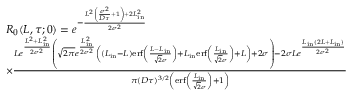
\begin{array} { r l } & { R _ { 0 } ( L , \tau ; 0 ) = e ^ { - \frac { L ^ { 2 } \left( \frac { \sigma ^ { 2 } } { D \tau } + 1 \right) + 2 L _ { \mathrm { i n } } ^ { 2 } } { 2 \sigma ^ { 2 } } } } \\ & { \times \frac { L e ^ { \frac { L ^ { 2 } + L _ { \mathrm { i n } } ^ { 2 } } { 2 \sigma ^ { 2 } } } \left( \sqrt { 2 \pi } e ^ { \frac { L _ { \mathrm { i n } } ^ { 2 } } { 2 \sigma ^ { 2 } } } \left( ( L _ { \mathrm { i n } } - L ) \mathrm { e r f } \left( \frac { L - L _ { \mathrm { i n } } } { \sqrt { 2 } \sigma } \right) + L _ { \mathrm { i n } } \mathrm { e r f } \left( \frac { L _ { \mathrm { i n } } } { \sqrt { 2 } \sigma } \right) + L \right) + 2 \sigma \right) - 2 \sigma L e ^ { \frac { L _ { \mathrm { i n } } ( 2 L + L _ { \mathrm { i n } } ) } { 2 \sigma ^ { 2 } } } } { \pi ( D \tau ) ^ { 3 / 2 } \left( \mathrm { e r f } \left( \frac { L _ { \mathrm { i n } } } { \sqrt { 2 } \sigma } \right) + 1 \right) } } \end{array}